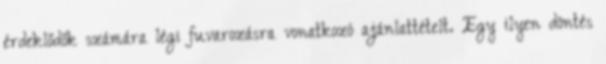
érdeklődők számára légi fuvarozásra vonatkozó ajánlattételt. Egy ilyen döntés